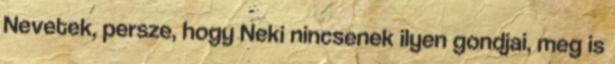
Nevetek, persze, hogy Neki nincsenek ilyen gondjai, meg is